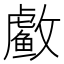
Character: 䲣